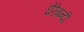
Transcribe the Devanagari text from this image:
घेरेबन्दी